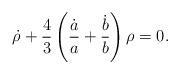
LaTeX: \begin{align*} \dot{\rho}+\dfrac{4}{3}\left(\dfrac{\dot{a}}{a}+ \dfrac{\dot{b}}{b}\right)\rho= 0.\end{align*}